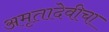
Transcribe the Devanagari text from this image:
अमृतादेवीचा